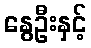
နွေဦးနှင့်